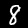
Label: 8